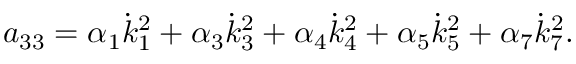
a _ { 3 3 } = \alpha _ { 1 } \dot { k } _ { 1 } ^ { 2 } + \alpha _ { 3 } \dot { k } _ { 3 } ^ { 2 } + \alpha _ { 4 } \dot { k } _ { 4 } ^ { 2 } + \alpha _ { 5 } \dot { k } _ { 5 } ^ { 2 } + \alpha _ { 7 } \dot { k } _ { 7 } ^ { 2 } .